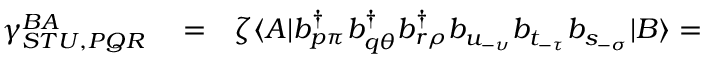
\begin{array} { r l r } { \gamma _ { S T U , P Q R } ^ { B A } } & { { } = } & { \zeta \langle A | b _ { p \pi } ^ { \dagger } b _ { q \theta } ^ { \dagger } b _ { r \rho } ^ { \dagger } b _ { u _ { - \upsilon } } b _ { t _ { - \tau } } b _ { s _ { - \sigma } } | B \rangle = } \end{array}